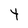
Character: Y